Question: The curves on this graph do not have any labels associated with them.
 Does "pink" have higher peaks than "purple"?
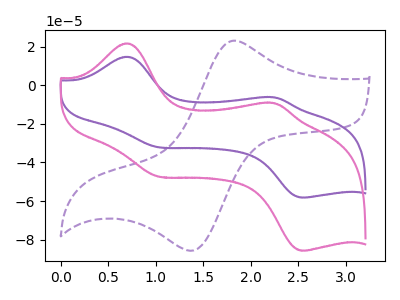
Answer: <think>The purple dashed curve "purple dashed" has an anodic peak at (1.80V, 22.95uA) and a cathodic peak at (1.40V, -85.80uA). The purple curve "purple" has anodic peaks at (0.70V, 14.70uA) (2.25V, -6.35uA) and cathodic peaks at (1.05V, -32.15uA) (2.55V, -58.20uA). The pink curve "pink" has anodic peaks at (0.70V, 21.65uA) (2.25V, -9.30uA) and cathodic peaks at (1.05V, -47.30uA) (2.55V, -85.75uA).</think>
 <answer>The peaks in "pink" are neither all higher or all lower than the peaks in "purple".</answer>
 <eval>mixed</eval>